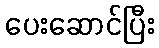
ပေးဆောင်ပြီး